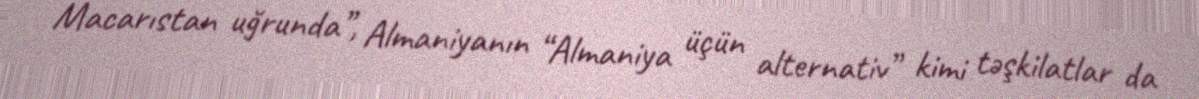
Macarıstan uğrunda”, Almaniyanın “Almaniya üçün alternativ” kimi təşkilatlar da